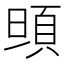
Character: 𩑰